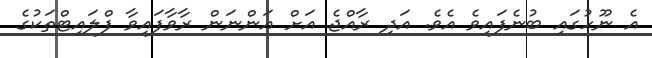
އެ ނޫހުގައި ބުނެފައިވެ އެވެ. އަދި ރާއްޖެ އަށް އަންނަން ރާވާފައިވާ ފްލައިޓްތަކުގެ